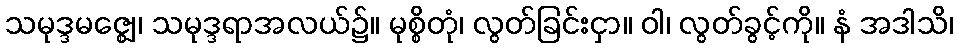
သမုဒ္ဒမဇ္ဈေ၊ သမုဒ္ဒရာအလယ်၌။ မုစ္စိတုံ၊ လွတ်ခြင်းငှာ။ ဝါ၊ လွတ်ခွင့်ကို။ နံ အဒါသိ၊